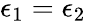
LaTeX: \epsilon_{1}=\epsilon_{2}